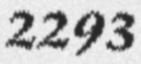
2293